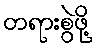
တရားစွဲဖို့